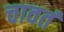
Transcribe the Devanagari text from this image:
चावतं